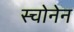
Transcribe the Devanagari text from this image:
स्चोनेन